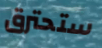
ستحترق